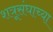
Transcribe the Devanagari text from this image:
शत्रूसंघाच्या